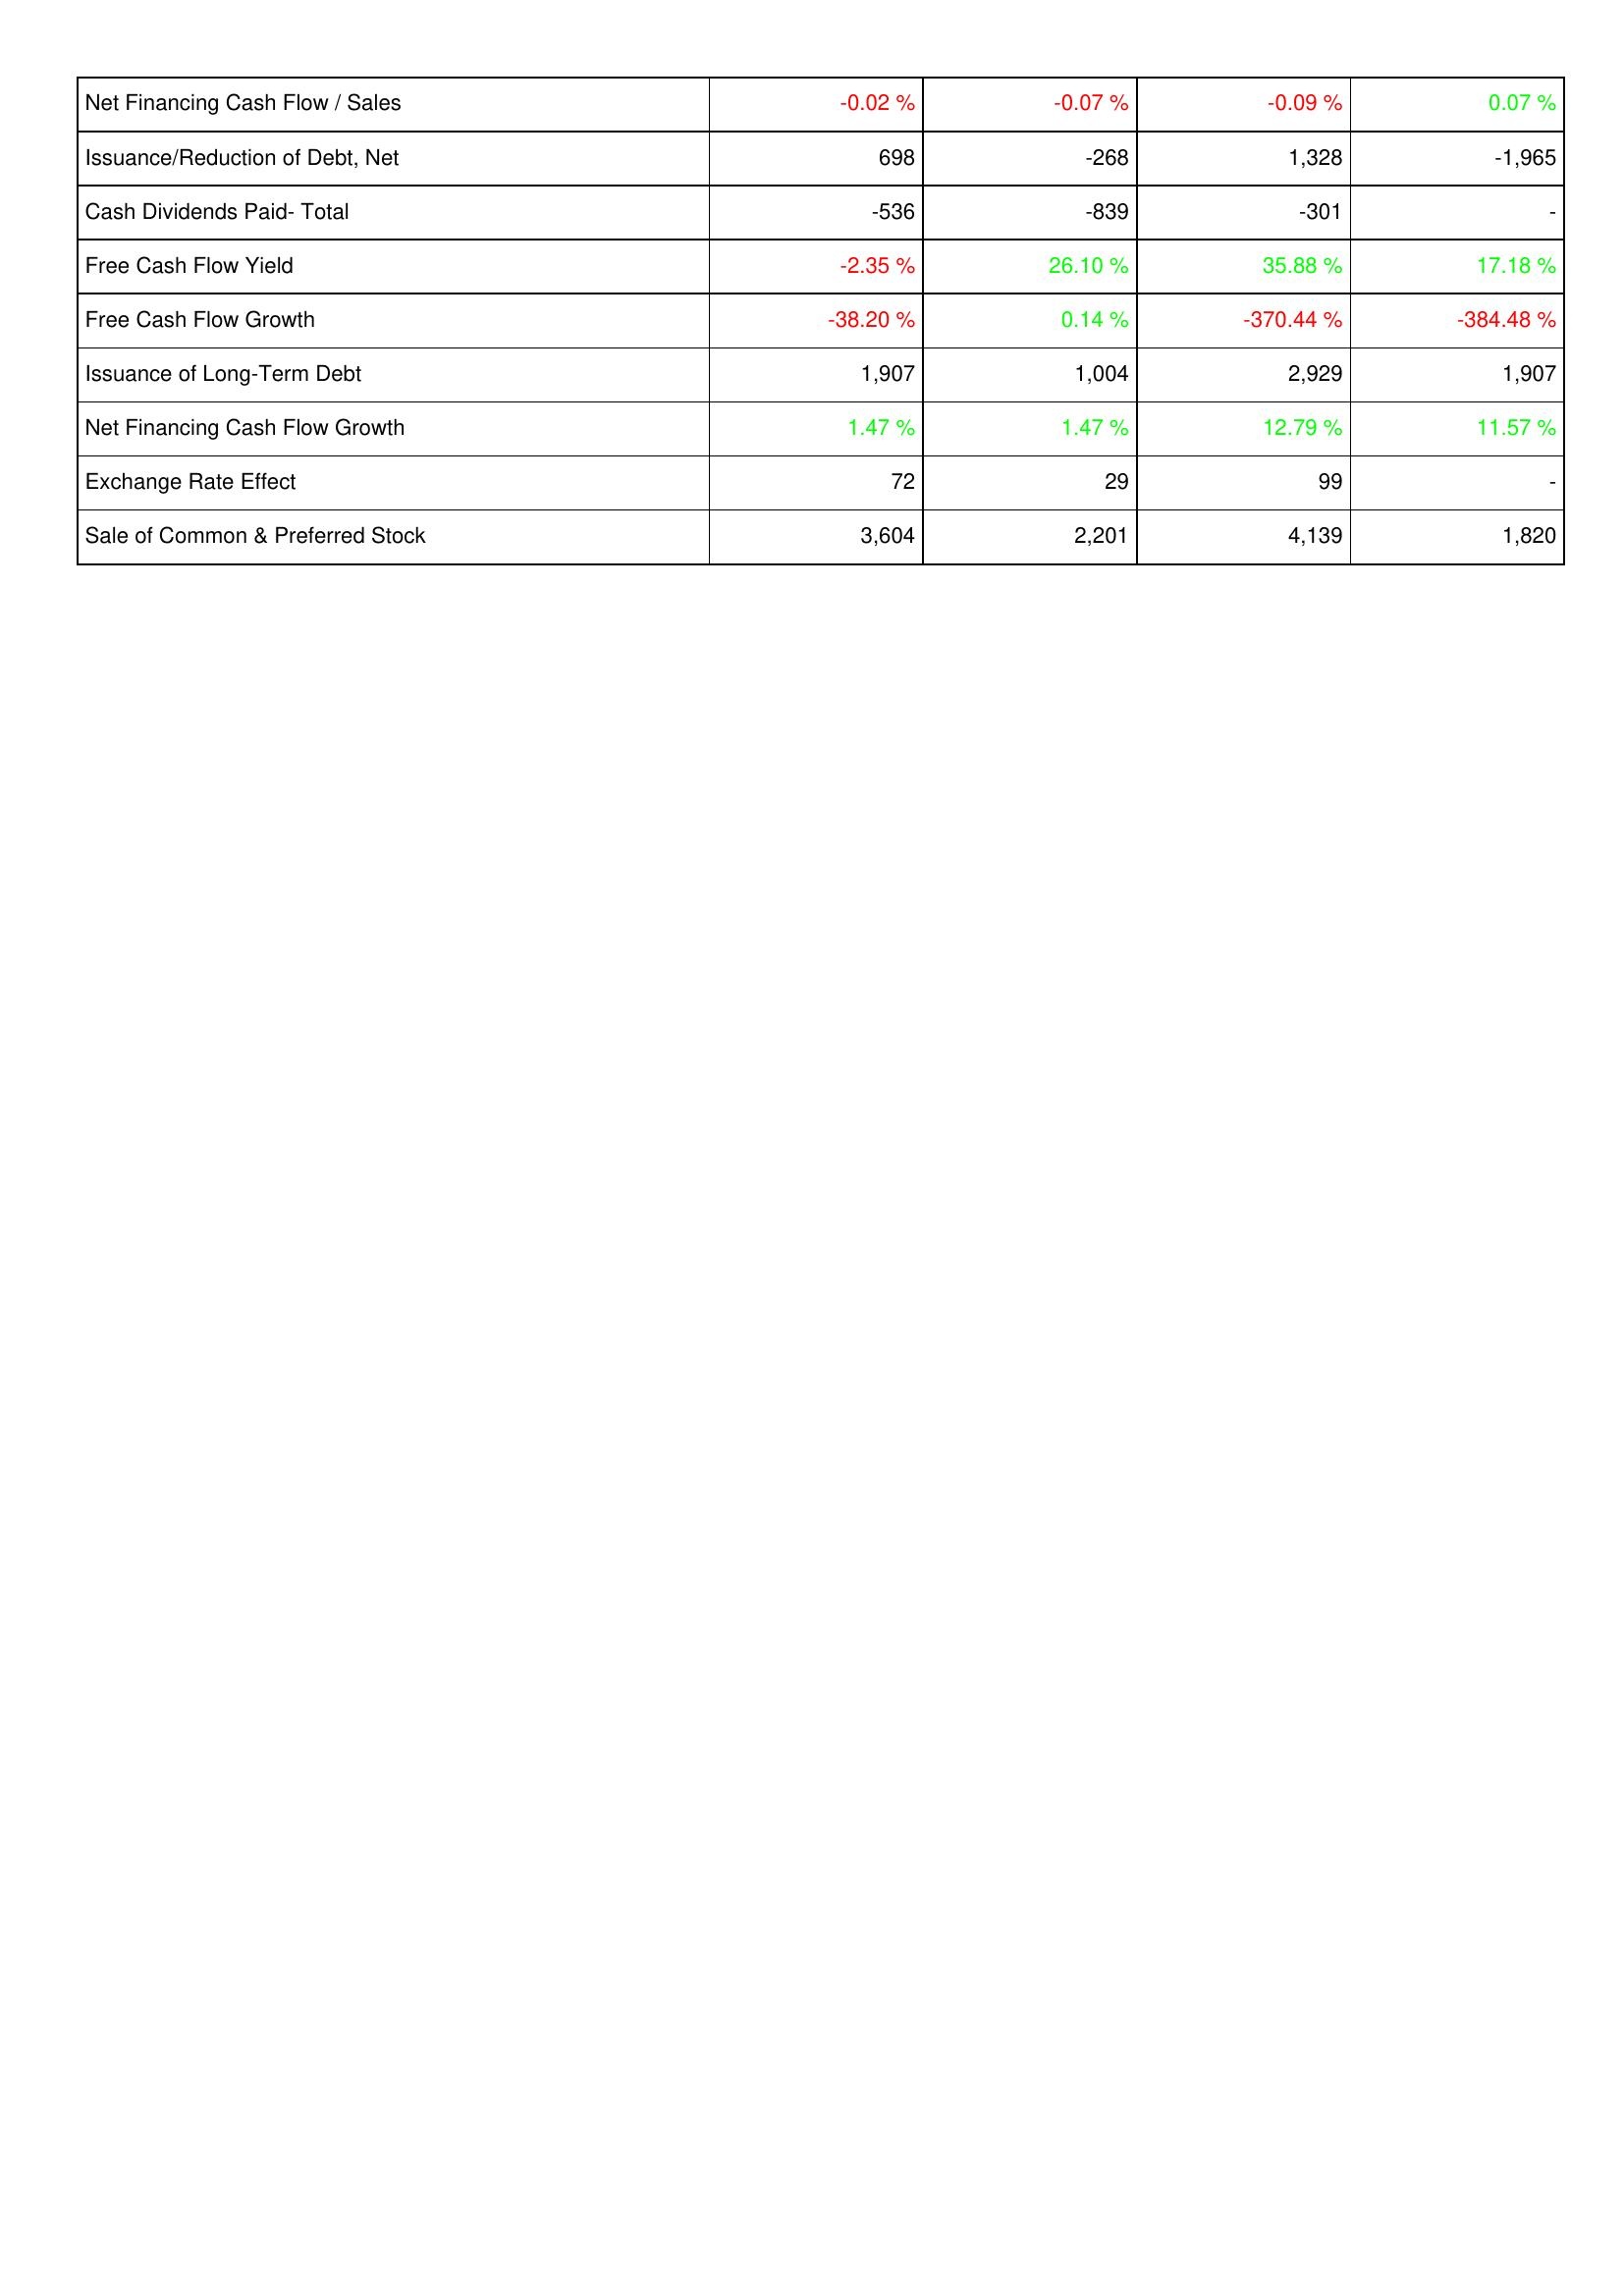
2018: Financing Activities: Net Financing Cash Flow / Sales: -0.02 %
Issuance/Reduction of Debt, Net: 698
Cash Dividends Paid- Total: -536
Free Cash Flow Yield: -2.35 %
Free Cash Flow Growth: -38.20 %
Issuance of Long-Term Debt: 1,907
Net Financing Cash Flow Growth: 1.47 %
Exchange Rate Effect: 72
Sale of Common & Preferred Stock: 3,604
2019: Financing Activities: Net Financing Cash Flow / Sales: -0.07 %
Issuance/Reduction of Debt, Net: -268
Cash Dividends Paid- Total: -839
Free Cash Flow Yield: 26.10 %
Free Cash Flow Growth: 0.14 %
Issuance of Long-Term Debt: 1,004
Net Financing Cash Flow Growth: 1.47 %
Exchange Rate Effect: 29
Sale of Common & Preferred Stock: 2,201
2020: Financing Activities: Net Financing Cash Flow / Sales: -0.09 %
Issuance/Reduction of Debt, Net: 1,328
Cash Dividends Paid- Total: -301
Free Cash Flow Yield: 35.88 %
Free Cash Flow Growth: -370.44 %
Issuance of Long-Term Debt: 2,929
Net Financing Cash Flow Growth: 12.79 %
Exchange Rate Effect: 99
Sale of Common & Preferred Stock: 4,139
2021: Financing Activities: Net Financing Cash Flow / Sales: 0.07 %
Issuance/Reduction of Debt, Net: -1,965
Cash Dividends Paid- Total: -
Free Cash Flow Yield: 17.18 %
Free Cash Flow Growth: -384.48 %
Issuance of Long-Term Debt: 1,907
Net Financing Cash Flow Growth: 11.57 %
Exchange Rate Effect: -
Sale of Common & Preferred Stock: 1,820